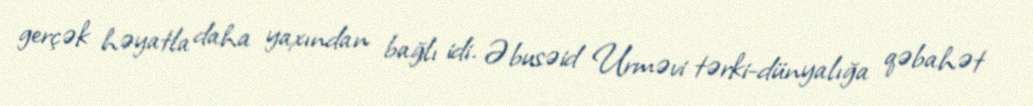
gerçək həyatla daha yaxından bağlı idi. Əbusəid Urməvi tərki-dünyalığa qəbahət